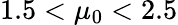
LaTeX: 1.5<\mu_{0}<2.5